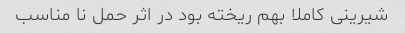
شیرینی کاملا بهم ریخته بود در اثر حمل نا مناسب